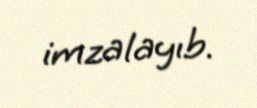
imzalayıb.